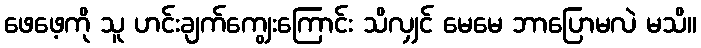
ဖေဖေ့ကို သူ ဟင်းချက်ကျွေးကြောင်း သိလျှင် မေမေ ဘာပြောမလဲ မသိ။